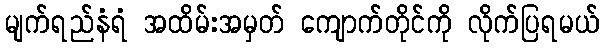
မျက်ရည်နံရံ အထိမ်းအမှတ် ကျောက်တိုင်ကို လိုက်ပြရမယ်